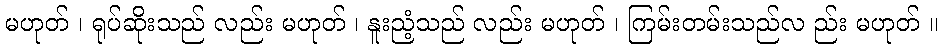
မဟုတ် ၊ ရုပ်ဆိုးသည် လည်း မဟုတ် ၊ နူးညံ့သည် လည်း မဟုတ် ၊ ကြမ်းတမ်းသည်လ ည်း မဟုတ် ။